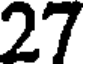
27